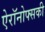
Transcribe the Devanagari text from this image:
ऐरॉनोफ्सकी